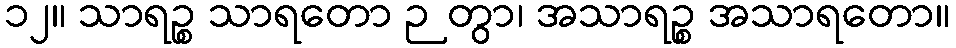
၁၂။ သာရဉ္စ သာရတော ဉတွာ၊ အသာရဉ္စ အသာရတော။